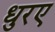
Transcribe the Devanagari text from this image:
धुरए